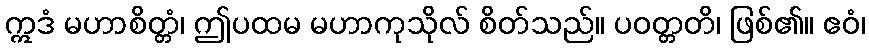
ဣဒံ မဟာစိတ္တံ၊ ဤပထမ မဟာကုသိုလ် စိတ်သည်။ ပဝတ္တတိ၊ ဖြစ်၏။ ဧဝံ၊